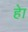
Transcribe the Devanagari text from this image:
हाे